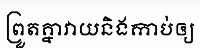
ព្រួតគ្នាវាយនិងកាប់ឲ្យ